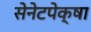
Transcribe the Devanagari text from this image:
सेनेटपेक्षा